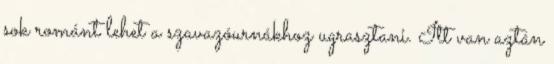
sok románt lehet a szavazóurnákhoz ugrasztani. Itt van aztán